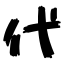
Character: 代